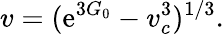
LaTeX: v=(\mathrm{e}^{3G_{0}}-v_{c}^{3})^{1/3}.